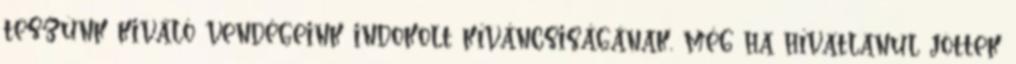
teszünk kiváló vendégeink indokolt kíváncsiságának, még ha hívatlanul jöttek